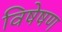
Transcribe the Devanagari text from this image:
विषेषण